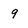
Character: 9